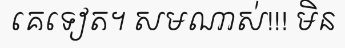
គេទៀត។ សមណាស់!!! មិន